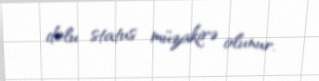
dolu status müzakirə olunur.